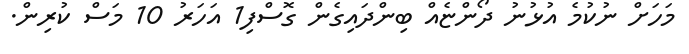
މަހަށް ނުކުމެ އުޅުނު ދޯންޏެއް ބިންދައިގެން ގޮސްފި1 އަހަރު 10 މަސް ކުރިން.